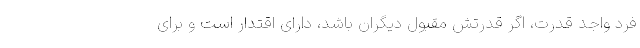
فرد واجد قدرت، اگر قدرتش مقبول دیگران باشد، دارای اقتدار است و برای